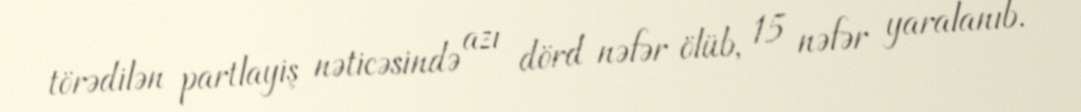
törədilən partlayiş nəticəsində azı dörd nəfər ölüb, 15 nəfər yaralanıb.